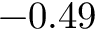
- 0 . 4 9